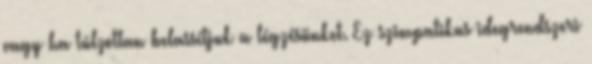
vagy ha túlzottan belassítjuk a légzésünket. Ez szimpatikus idegrendszeri